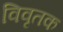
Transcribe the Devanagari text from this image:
विवृतक